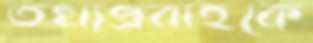
তথ্যপ্রবাহকে